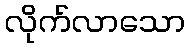
လိုက်လာသော